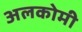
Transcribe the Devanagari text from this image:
अलकोमी